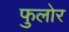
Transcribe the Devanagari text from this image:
फुलोर